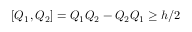
[ Q _ { 1 } , Q _ { 2 } ] = Q _ { 1 } Q _ { 2 } - Q _ { 2 } Q _ { 1 } \geq h / 2